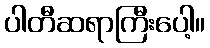
ပါတီဆရာကြီးပေါ့။